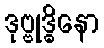
ဒုဗ္ဗုဒ္ဓိနော